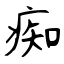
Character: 痴